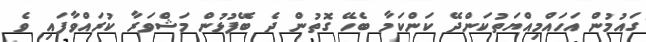
ގައުމުން އަހައްމިއްޔަތުކަންދޭ ކަންކަމާ ބެހޭ ގޮތުން ދެ ބޭފުޅުން މަޝްވަރާ ކުރައްވާފައި ވެ